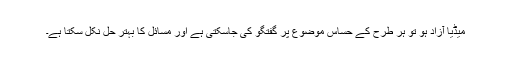
میڈیا آزاد ہو تو ہر طرح کے حساس موضوع پر گفتگو کی جاسکتی ہے اور مسائل کا بہتر حل نکل سکتا ہے۔